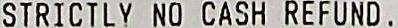
STRICTLY NO CASH REFUND .